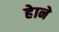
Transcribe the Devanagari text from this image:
हेाने